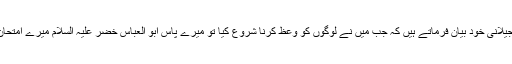
ایک دفعہ بغدا د میں داخل ہوتے وقت اور دوسری مرتبہ حضرت سید عبد القادر جیلانیؒ خود بیان فرماتے ہیں کہ جب میں نے لوگوں کو وعظ کرنا شروع کیا تو میرے پاس ابو العباس خضر علیہ السلام میرے امتحان کے لیے تشریف لائے جیسا کہ مجھ سے پہلے اولیاء کا امتحان لیا کرتے تھے۔